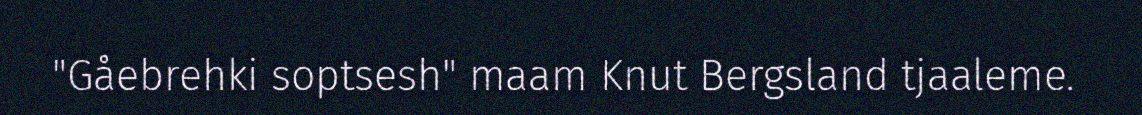
"Gåebrehki soptsesh" maam Knut Bergsland tjaaleme.